Annual report of the Madras Medical College
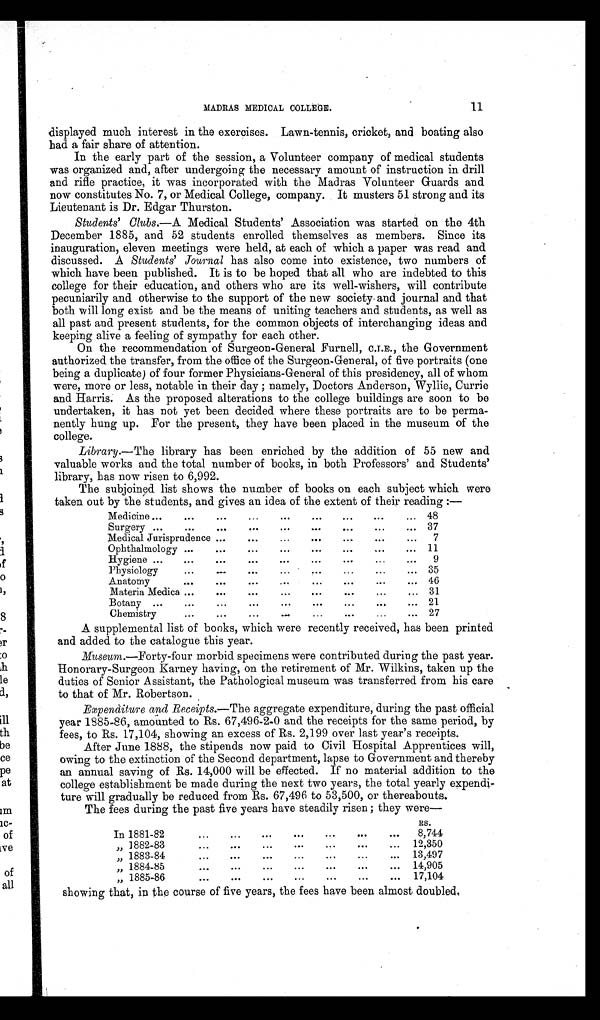
MADRAS MEDICAL COLLEGE.
11
displayed much interest in the exercises. Lawn-tennis, cricket, and boating also
had a fair share of attention.
In the early part of the session, a Volunteer company of medical students
was organized and, after undergoing the necessary amount of instruction in drill
and rifle practice, it was incorporated with the Madras Volunteer Guards and
now constitutes No. 7, or Medical College, company. It musters 51 strong and its
Lieutenant is Dr. Edgar Thurston.
Students' Clubs .—A Medical Students' Association was started on the 4th
December 1885, and 52 students enrolled themselves as members. Since its
inauguration, eleven meetings were held, at each of which a paper was read and
discussed. A Students' Journal has also come into existence, two numbers of
which have been published. It is to be hoped that all who are indebted to this
college for their education, and others who are its well-wishers, will contribute
pecuniarily and otherwise to the support of the new society and journal and that
both will long exist and be the means of uniting teachers and students, as well as
all past and present students, for the common objects of interchanging ideas and
keeping alive a feeling of sympathy for each other.
On the recommendation of Surgeon-General Furnell, C.I.E., the Government
authorized the transfer, from the office of the Surgeon-General, of five portraits (one
being a duplicate) of four former Physicians-General of this presidency, all of whom
were, more or less, notable in their day; namely, Doctors Anderson, Wyllie, Currie
and Harris. As the proposed alterations to the college buildings are soon to be
undertaken, it has not yet been decided where these portraits are to be perma
nently hung up. For the present, they have been placed in the museum of the
college.
Library .—The library has been enriched by the addition of 55 new and
valuable works and the total number of books, in both Professors' and Students'
library, has now risen to 6,992.
The subjoined list shows the number of books on each subject which were
taken out by the students, and gives an idea of the extent of their reading: —
Medicine
48
Surgery
37
Medical Jurisprudence
7
Ophthalmology
11
Hygiene
9
Physiology
35
Anatomy
46
Materia Medica
31
Botany
21
Chemistry
27
A supplemental list of books, which were recently received, has been printed
and added to the catalogue this year.
Museum .—Forty-four morbid specimens were contributed during the past year.
Honorary-Surgeon Karney having, on the retirement of Mr. Wilkins, taken up the
duties of Senior Assistant, the Pathological museum was transferred from his care
to that of Mr. Robertson.
Expenditure and Receipts.—The aggregate expenditure, during the past official
year 1885-86, amounted to Rs. 67,496-2-0 and the receipts for the same period, by
fees, to Rs. 17,104, showing an excess of Rs. 2,199 over last year's receipts.
After June 1888, the stipends now paid to Civil Hospital Apprentices will,
owing to the extinction of the Second department, lapse to Government and thereby
an annual saving of Rs. 14,000 will be effected. If no material addition to the
college establishment be made during the next two years, the total yearly expendi
ture will gradually be reduced from Rs. 67,496 to 53,500, or thereabouts.
The fees during the past five years have steadily risen; they were
—
RS.
In 1881-82
8,744
„ 1882-83
12,350
„ 1883-84
13,497
„ 1884-85
14,905
„ 1885-86
17,104
showing that, in the course of five years, the fees have been almost doubled.